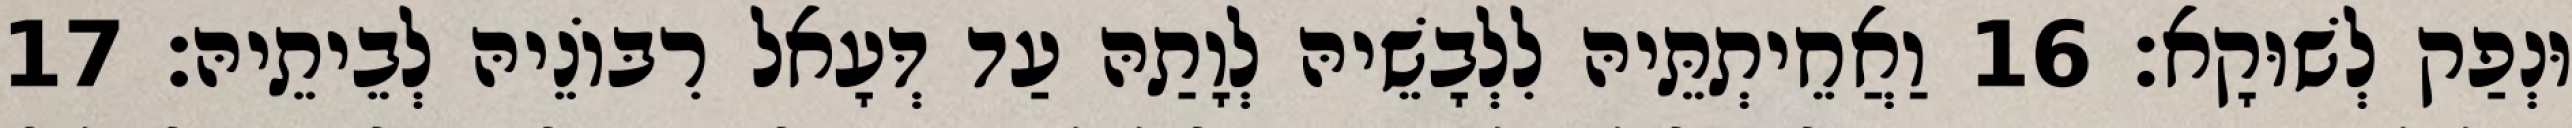
וּנְפַק לְשׁוּקָא׃ 16 וַאֲחֵיתְתֵּיהּ לִלְבָשֵׁיהּ לְוָתַהּ עַד דְּעָאל רִבּוֹנֵיהּ לְבֵיתֵיהּ׃ 17